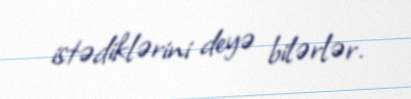
istədiklərini deyə bilərlər.